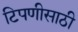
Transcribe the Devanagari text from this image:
टिपणीसाठी